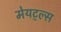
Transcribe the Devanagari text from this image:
मेयट्ल्स